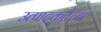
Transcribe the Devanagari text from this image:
उत्पादकतेच्या